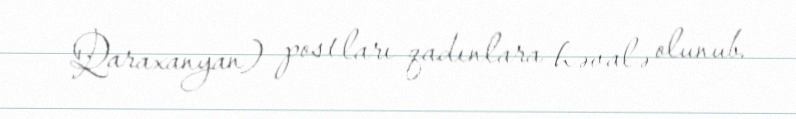
Qaraxanyan) postları qadınlara həvalə olunub.